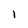
Character: 1